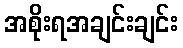
အစိုးရအချင်းချင်း